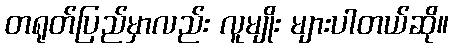
တရုတ်ပြည်မှာလည်း လူမျိုး များပါတယ်ဆို။